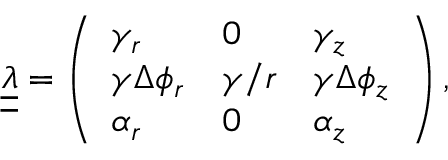
\boldsymbol { \underline { { \underline { { \lambda } } } } } = \left( \begin{array} { l l l } { \gamma _ { r } } & { 0 } & { \gamma _ { z } } \\ { \gamma \Delta \phi _ { r } } & { \gamma / r } & { \gamma \Delta \phi _ { z } } \\ { \alpha _ { r } } & { 0 } & { \alpha _ { z } } \end{array} \right) ,